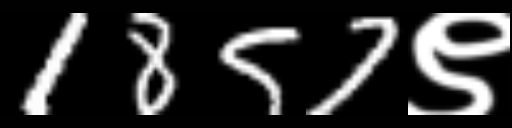
Text: 1857९